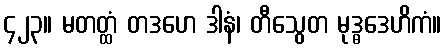
၄၂၃။ မတတ္ထံ တဒဟေ ဒါနံ၊ တီသွေတ မုဒ္ဓဒေဟိကံ။